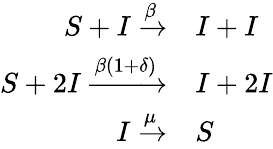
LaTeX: \begin{array}{rl}{S+I\xrightarrow{\beta}}&{{}I+I}\\ {S+2I\xrightarrow{{\beta({1+\delta})}}}&{{}I+2I}\\ {I\xrightarrow{\mu}}&{{}S}\end{array}